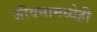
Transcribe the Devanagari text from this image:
जीवनामध्येही